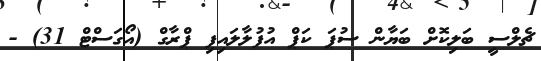
ޗެލްސީ ބަލިކޮށް ބަޔާން ސުޕަ ކަޕް އުފުލާލައިފި ޕްރާގް (އޯގަސްޓް 31) -